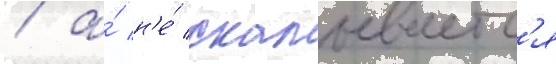
/ а́ н'е́ скалываетс'я